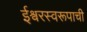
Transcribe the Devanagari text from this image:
ईश्वरस्वरूपाची